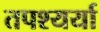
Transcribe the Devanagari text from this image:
तपश्यर्या